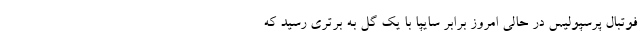
فوتبال پرسپولیس در حالی امروز برابر سایپا با یک گل به برتری رسید که